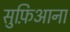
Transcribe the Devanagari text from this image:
सुफ़िआना